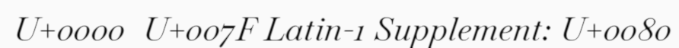
U+0000  U+007F Latin-1 Supplement: U+0080